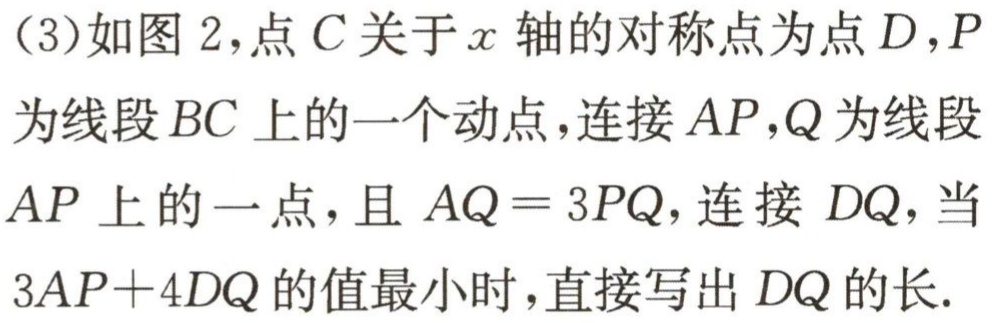
(3)如图 2，点\(C\)关于\(x\)轴的对称点为点\(D\)，\(P\)为线段\(BC\)上的一个动点，连接\(AP\)，\(Q\)为线段\(AP\)上的一点，且\(AQ = 3PQ\)，连接\(DQ\)，当\(3AP + 4DQ\)的值最小时，直接写出\(DQ\)的长.